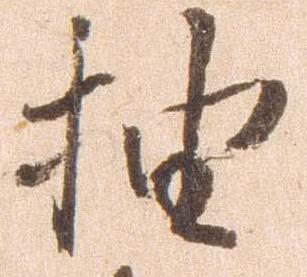
抽